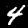
Digit: 4